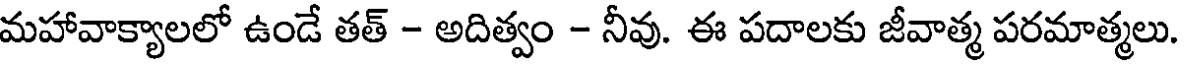
మహావాక్యాలలో ఉండే తత్ - అదిత్వం - నీవు. ఈ పదాలకు జీవాత్మ పరమాత్మలు